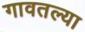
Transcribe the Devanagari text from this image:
गावतल्या